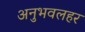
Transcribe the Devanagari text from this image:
अनुभवलहर